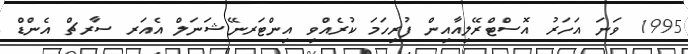
1995 ވަނަ އަހަރު އޮސްޓްރޭލިއާއިން ފުރިހަމަ ކުރެއްވި އިންޓަރނޭޝަނަލް އެއަރ ސާރޗް އެންޑް